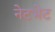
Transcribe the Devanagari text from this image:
नेटभेट